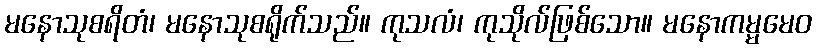
မနောသုစရိတံ၊ မနောသုစရိုက်သည်။ ကုသလံ၊ ကုသိုလ်ဖြစ်သော။ မနောကမ္မမေဝ